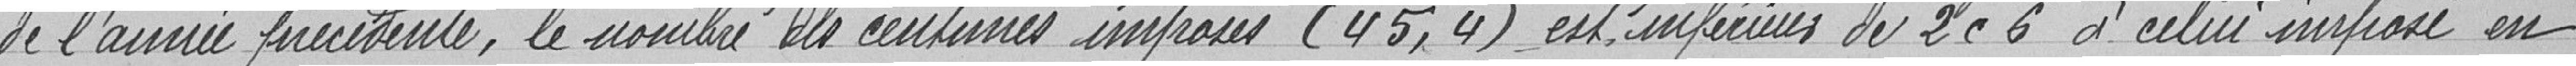
de l'année précédente, le nombre des centimes imposées (45,4) est inférieure de 2,6 à celui imposé en